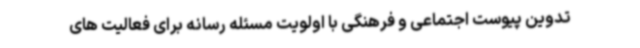
تدوین پیوست اجتماعی و فرهنگی با اولویت مسئله رسانه برای فعالیت های